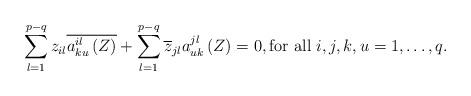
LaTeX: \begin{align*}\displaystyle\sum_{l=1}^{p-q}z_{il}\overline{a_{ku}^{il}\left(Z\right)}+\displaystyle\sum_{l=1}^{p-q}\overline{z}_{jl}a_{uk}^{jl}\left(Z\right)=0, \mbox{for all $i,j,k,u=1,\dots,q$.} \end{align*}